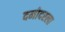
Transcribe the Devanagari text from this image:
दमोदरला